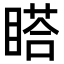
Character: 𥉌